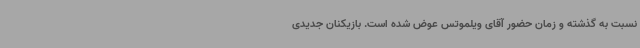
نسبت به گذشته و زمان حضور آقای ویلموتس عوض شده است. بازیکنان جدیدی